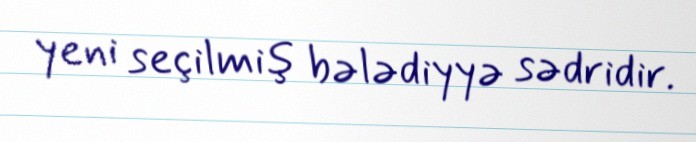
yeni seçilmiş bələdiyyə sədridir.